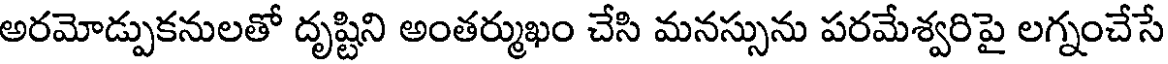
అరమోడ్పుకనులతో దృష్టిని అంతర్ముఖం చేసి మనస్సును పరమేశ్వరిపై లగ్నంచేసే